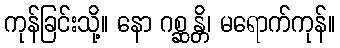
ကုန်ခြင်းသို့။ နော ဂစ္ဆန္တိ၊ မရောက်ကုန်။